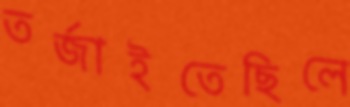
তর্জাইতেছিলে